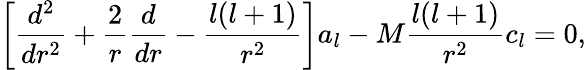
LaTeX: \left[{\frac{d^{2}}{dr^{2}}}+{\frac{2}{r}}{\frac{d}{dr}}-{\frac{l(l+1)}{r^{2}}}\right]a_{l}-M{\frac{l(l+1)}{r^{2}}}c_{l}=0,